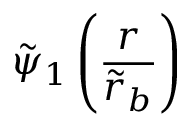
\tilde { \psi } _ { 1 } \left( \frac { r } { \tilde { r } _ { b } } \right)